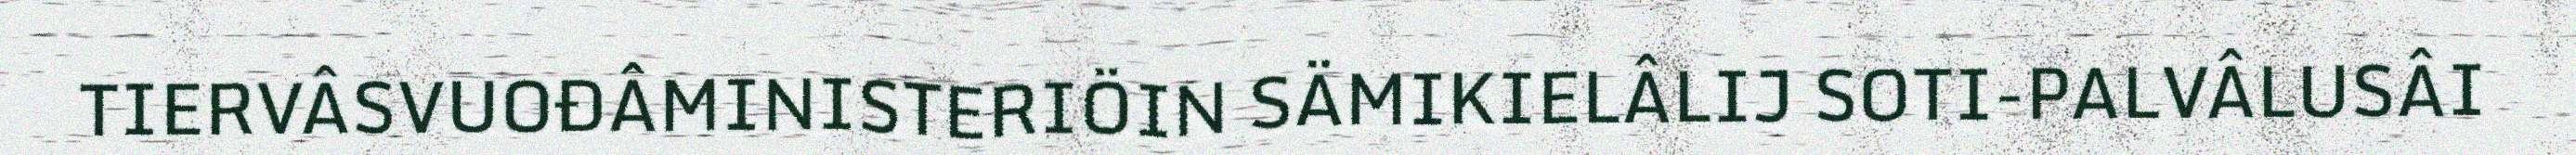
TIERVÂSVUOĐÂMINISTERIÖIN SÄMIKIELÂLIJ SOTI-PALVÂLUSÂI